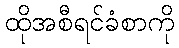
ထိုအစီရင်ခံစာကို